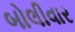
બોલીવાર